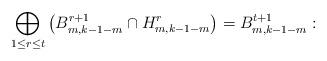
LaTeX: \begin{align*} \bigoplus_{1\leq r\leq t}\left(B_{m,k-1-m}^{r+1}\cap H_{m,k-1-m}^{r}\right)=B_{m,k-1-m}^{t+1}: \end{align*}